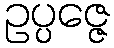
ဥပ္ပဇ္ဇေ